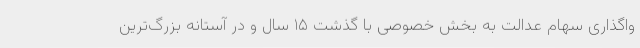
واگذاری سهام عدالت به بخش خصوصی با گذشت ۱۵ سال و در آستانه بزرگ‌ترین